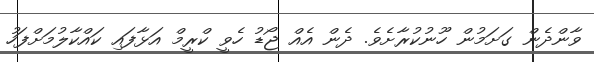
ވާންދެން ގަށަމުން ހޫނުކުރާށެވެ. ދެން އެއް ޖޯޑު ހެވީ ކްރީމް އަޅާފައި ކައްކާލުމަށްފަހު